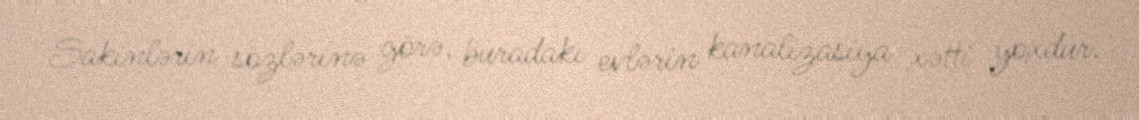
Sakinlərin sözlərinə görə, buradakı evlərin kanalizasiya xətti yoxdur.